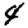
Digit: 4